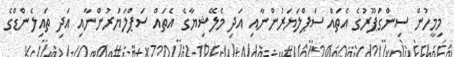
މިމީހުން ސިންގަޕޫރުގެ އެތައް ސަޕްލަޔަރުންނާއި އަދި މެލޭޝިޔާގެ އެތައް ސަޕްލަޔަރުންނާއި އަދި ތައިލެންޑްގެ